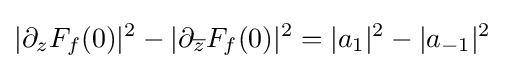
|\partial _{z}F_{f}(0)|^{2}-|\partial _{\overline {z}}F_{f}(0)|^{2}=|a_{1}|^{2}-|a_{-1}|^{2}